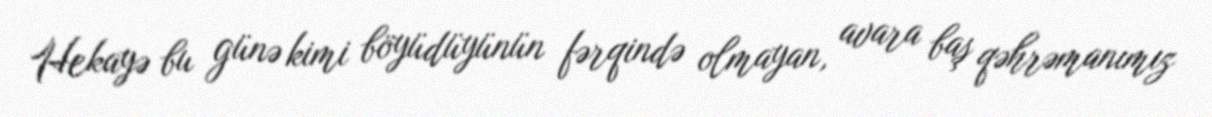
Hekayə bu günə kimi böyüdüyünün fərqində olmayan, avara baş qəhrəmanımız